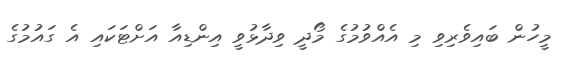
މީހުން ބައިވެރިވި މި އެއްވުމުގެ މޯދީ ވިދާޅުވީ އިންޑިއާ އަށްޓަކައި އެ ގައުމުގެ